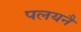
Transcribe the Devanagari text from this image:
पलयनै